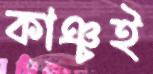
কাঞ্চই